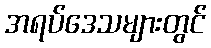
အရပ်ဒေသများတွင်